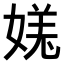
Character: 𫱎